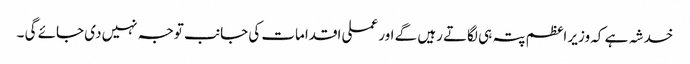
خدشہ ہے کہ وزیر اعظم پتہ ہی لگاتے رہیں گے اور عملی اقدامات کی جانب توجہ نہیں دی جائے گی ۔